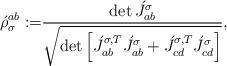
LaTeX: \begin{align*}\acute{\rho}_\sigma^{ab} :=& \frac{\det \acute{J}_{ab}^\sigma}{\sqrt{\det\left[\acute{J}_{ab}^{\sigma,T}\acute{J}_{ab}^\sigma + \acute{J}_{cd}^{\sigma,T}\acute{J}_{cd}^\sigma\right]}},\end{align*}